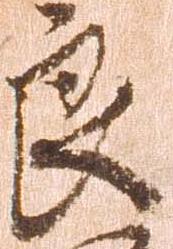
良